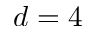
d = 4